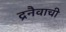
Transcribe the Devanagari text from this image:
द्रनैवाची